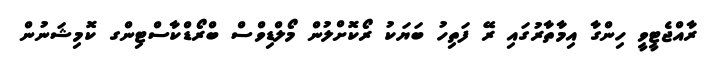
ރާއްޖެޓީވީ ހިންގާ އިމާތާރުގައި ރޭ ފަތިހު ބަޔަކު ރޯކޮށްލުން މޯލްޑިވްސް ބްރޯޑްކާސްޓިންގ ކޮމިޝަނުން